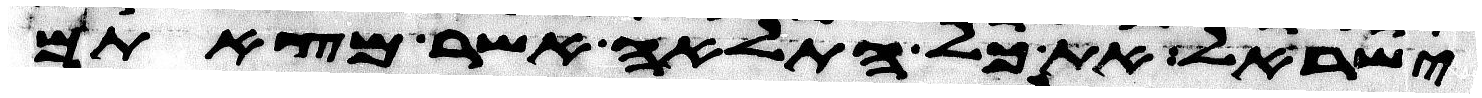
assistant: ישראל את כל התלאה אשר מצאתם